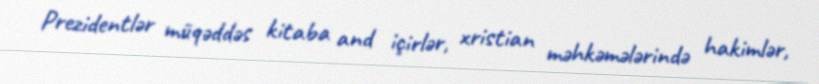
Prezidentlər müqəddəs kitaba and içirlər, xristian məhkəmələrində hakimlər,